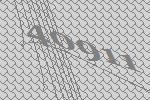
40911